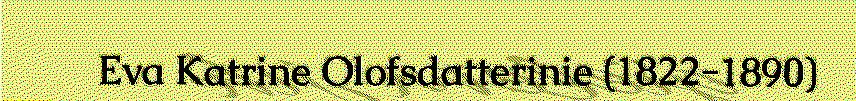
Eva Katrine Olofsdatterinie (1822-1890)